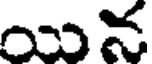
యిన